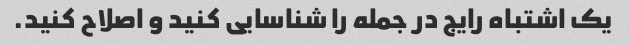
یک اشتباه رایج در جمله را شناسایی کنید و اصلاح کنید.